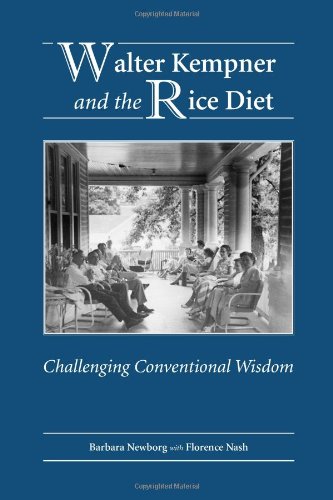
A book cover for Walter Kempner and the Rice Diet: Challenging Conventional Wisdom; Barbara Newborg; Science & Math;